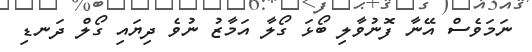
ނަމަވެސް އޭނާ ފޮނުވާލި ބޯޅަ ގޯލާ އަމާޒު ނުވެ ދިޔައި ގޯލް ދަނޑި